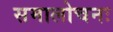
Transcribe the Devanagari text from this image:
समालोचनः